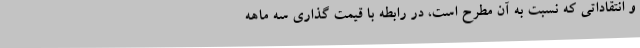
و انتقاداتی که نسبت به آن مطرح است، در رابطه با قیمت گذاری سه ماهه